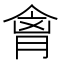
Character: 𫣍